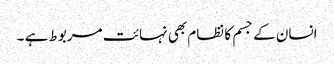
انسان کے جسم کا نظام بھی نہائت مربوط ہے ۔